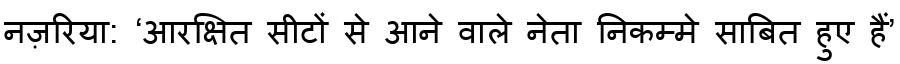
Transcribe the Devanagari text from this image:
नज़रिया: ‘आरक्षित सीटों से आने वाले नेता निकम्मे साबित हुए हैं’